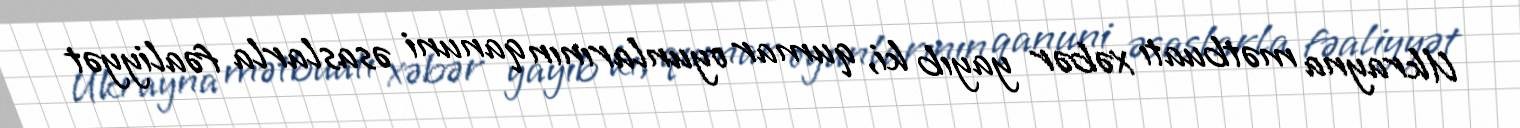
Ukrayna mətbuatı xəbər yayıb ki, qumar oyunlarının qanuni əsaslarla fəaliyyət